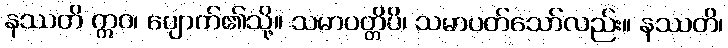
နဿတိ ဣဝ၊ ပျောက်၏သို့။ သမာပတ္တိပိ၊ သမာပတ်သော်လည်း။ နဿတိ၊